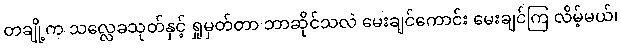
တချို့က သလ္လေခသုတ်နှင့် ရှုမှတ်တာ ဘာဆိုင်သလဲ မေးချင်ကောင်း မေးချင်ကြ လိမ့်မယ်၊